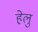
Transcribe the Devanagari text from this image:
हेलु